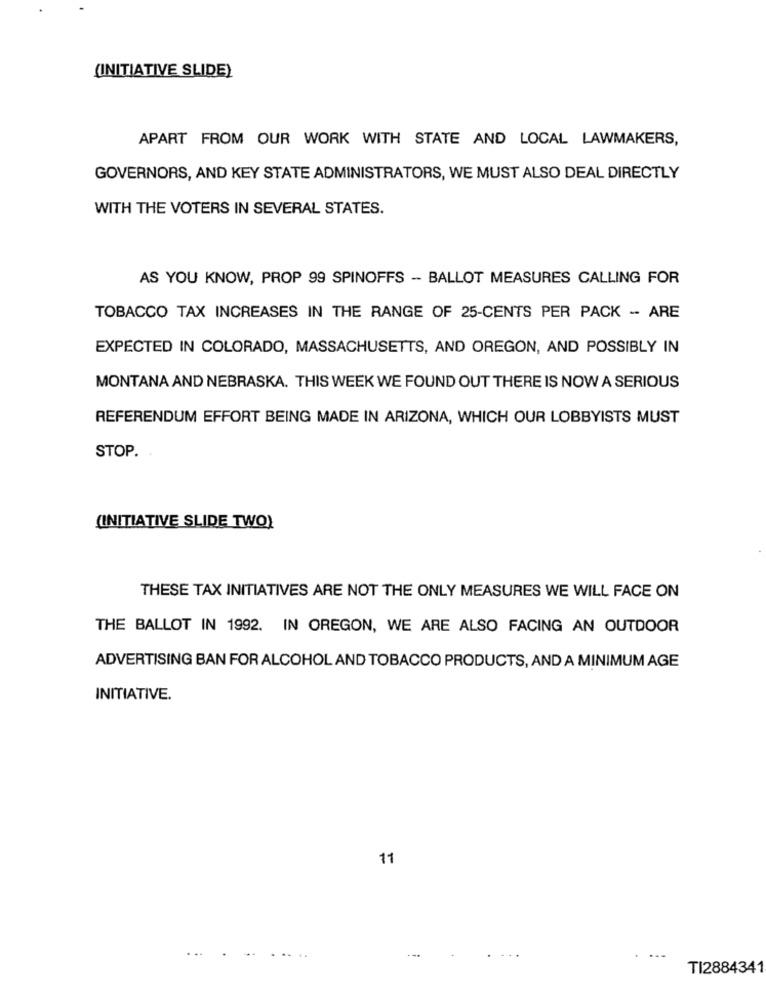
(INITIATIVE SLIDE)
APART FROM OUR WORK WITH STATE AND LOCAL LAWMAKERS,
GOVERNORS, AND KEY STATE ADMINISTRATORS, WE MUST ALSO DEAL DIRECTLY
WITH THE VOTERS IN SEVERAL STATES.
AS YOU KNOW, PROP 99 SPINOFFS - BALLOT MEASURES CALLING FOR
TOBACCO TAX INCREASES IN THE RANGE OF 25-CENTS PER PACK - ARE
EXPECTED IN COLORADO, MASSACHUSETTS, AND OREGON, AND POSSIBLY IN
MONTANA AND NEBRASKA. THIS WEEK WE FOUND OUT THERE IS NOW A SERIOUS
REFERENDUM EFFORT BEING MADE IN ARIZONA, WHICH OUR LOBBYISTS MUST
STOP.
(INITIATIVE SLIDE TWO)
THESE TAX INITIATIVES ARE NOT THE ONLY MEASURES WE WILL FACE ON
THE BALLOT IN 1992. IN OREGON, WE ARE ALSO FACING AN OUTDOOR
ADVERTISING BAN FOR ALCOHOL AND TOBACCO PRODUCTS, AND A MINIMUM AGE
INITIATIVE.
11
TI2884341